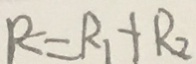
R = R _ { 1 } + R _ { 2 }